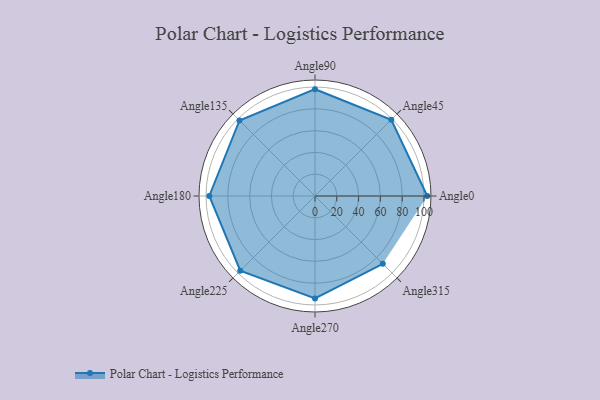
{"axis": {"x": "Angle", "y": "Radius"}, "legend": [""], "data": [{"x": "Angle0", "y": 103.0, "type": ""}, {"x": "Angle45", "y": 99.0, "type": ""}, {"x": "Angle90", "y": 98.0, "type": ""}, {"x": "Angle135", "y": 98.0, "type": ""}, {"x": "Angle180", "y": 97.0, "type": ""}, {"x": "Angle225", "y": 97.0, "type": ""}, {"x": "Angle270", "y": 94.0, "type": ""}, {"x": "Angle315", "y": 88.0, "type": ""}]}